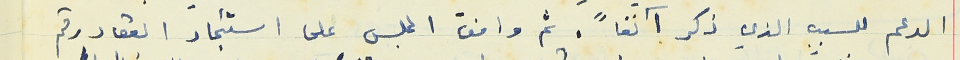
الدعم للسبب الذي ذكر آنفاً. ثم وافق المجلس على استئجار العقار رقم